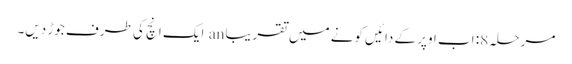
مرحلہ 8: اب اوپر کے دائیں کونے میں تقریبا an ایک انچ کی طرف جوڑ دیں۔